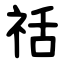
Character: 䄆